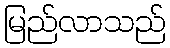
မြည်လာသည်